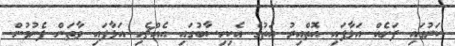
ކަރުގައި ފަށެއް އަޅާފައި އޮތްއިރު އަތުގެ އެކިހިސާބުގައި އެއްޗެހި އަޅާފައި ވާތަން ފެނުމުން